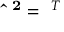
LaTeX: \mathbf { { \hat { \Sigma } } ^ { 2 } } = \mathbf { \Sigma } ^ { T } \mathbf { \Sigma }